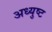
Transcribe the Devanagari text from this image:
अध्युष्ट